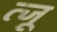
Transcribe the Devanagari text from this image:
त्जू